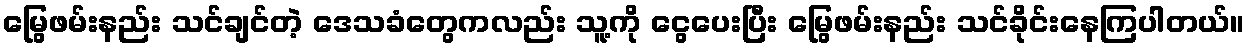
မြွေဖမ်းနည်း သင်ချင်တဲ့ ဒေသခံတွေကလည်း သူ့ကို ငွေပေးပြီး မြွေဖမ်းနည်း သင်ခိုင်းနေကြပါတယ်။